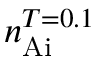
n _ { \mathrm { A i } } ^ { T = 0 . 1 }